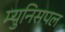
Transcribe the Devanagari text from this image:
म्युनिसपल